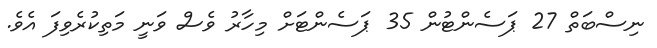
ނިސްބަތް 27 ޕަސެންޓުން 35 ޕަސެންޓަށް މިހާރު ވެސް ވަނީ މަތިކުރެވިފަ އެވެ.